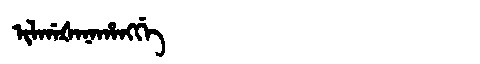
Manchu: ᡳᠯᡤᠠᡧᠠᠨᠠᡥᠠᠩᡤᡝ
Romanization: ILGAŠANAHANGGE